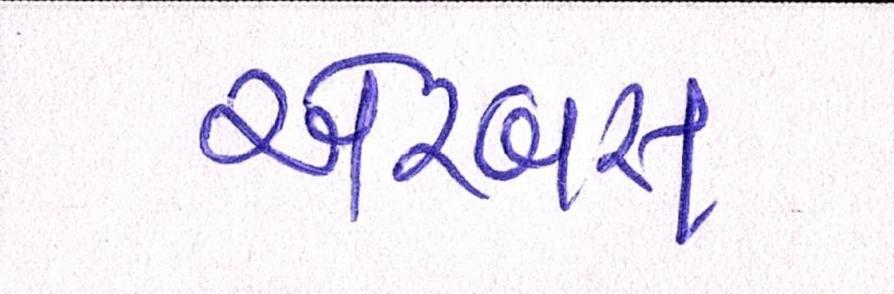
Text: એરબસ